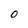
Character: o